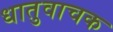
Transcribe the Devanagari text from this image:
धातुवाचक